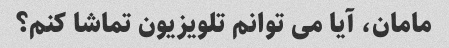
مامان، آیا می توانم تلویزیون تماشا کنم؟